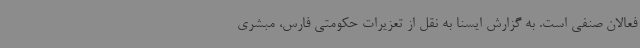
فعالان صنفی است. به گزارش ایسنا به نقل از تعزیرات حکومتی فارس، مبشری